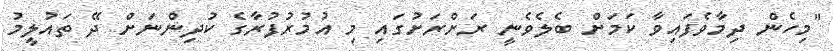
"މިހެން ދިމާވެފައިވާ ކަމަށް ބެލެވެނީ ރަށްރަށުގައި މި އުމުރުފުރާގެ ކުދިންނަށް ދޭ ތައުލީމު